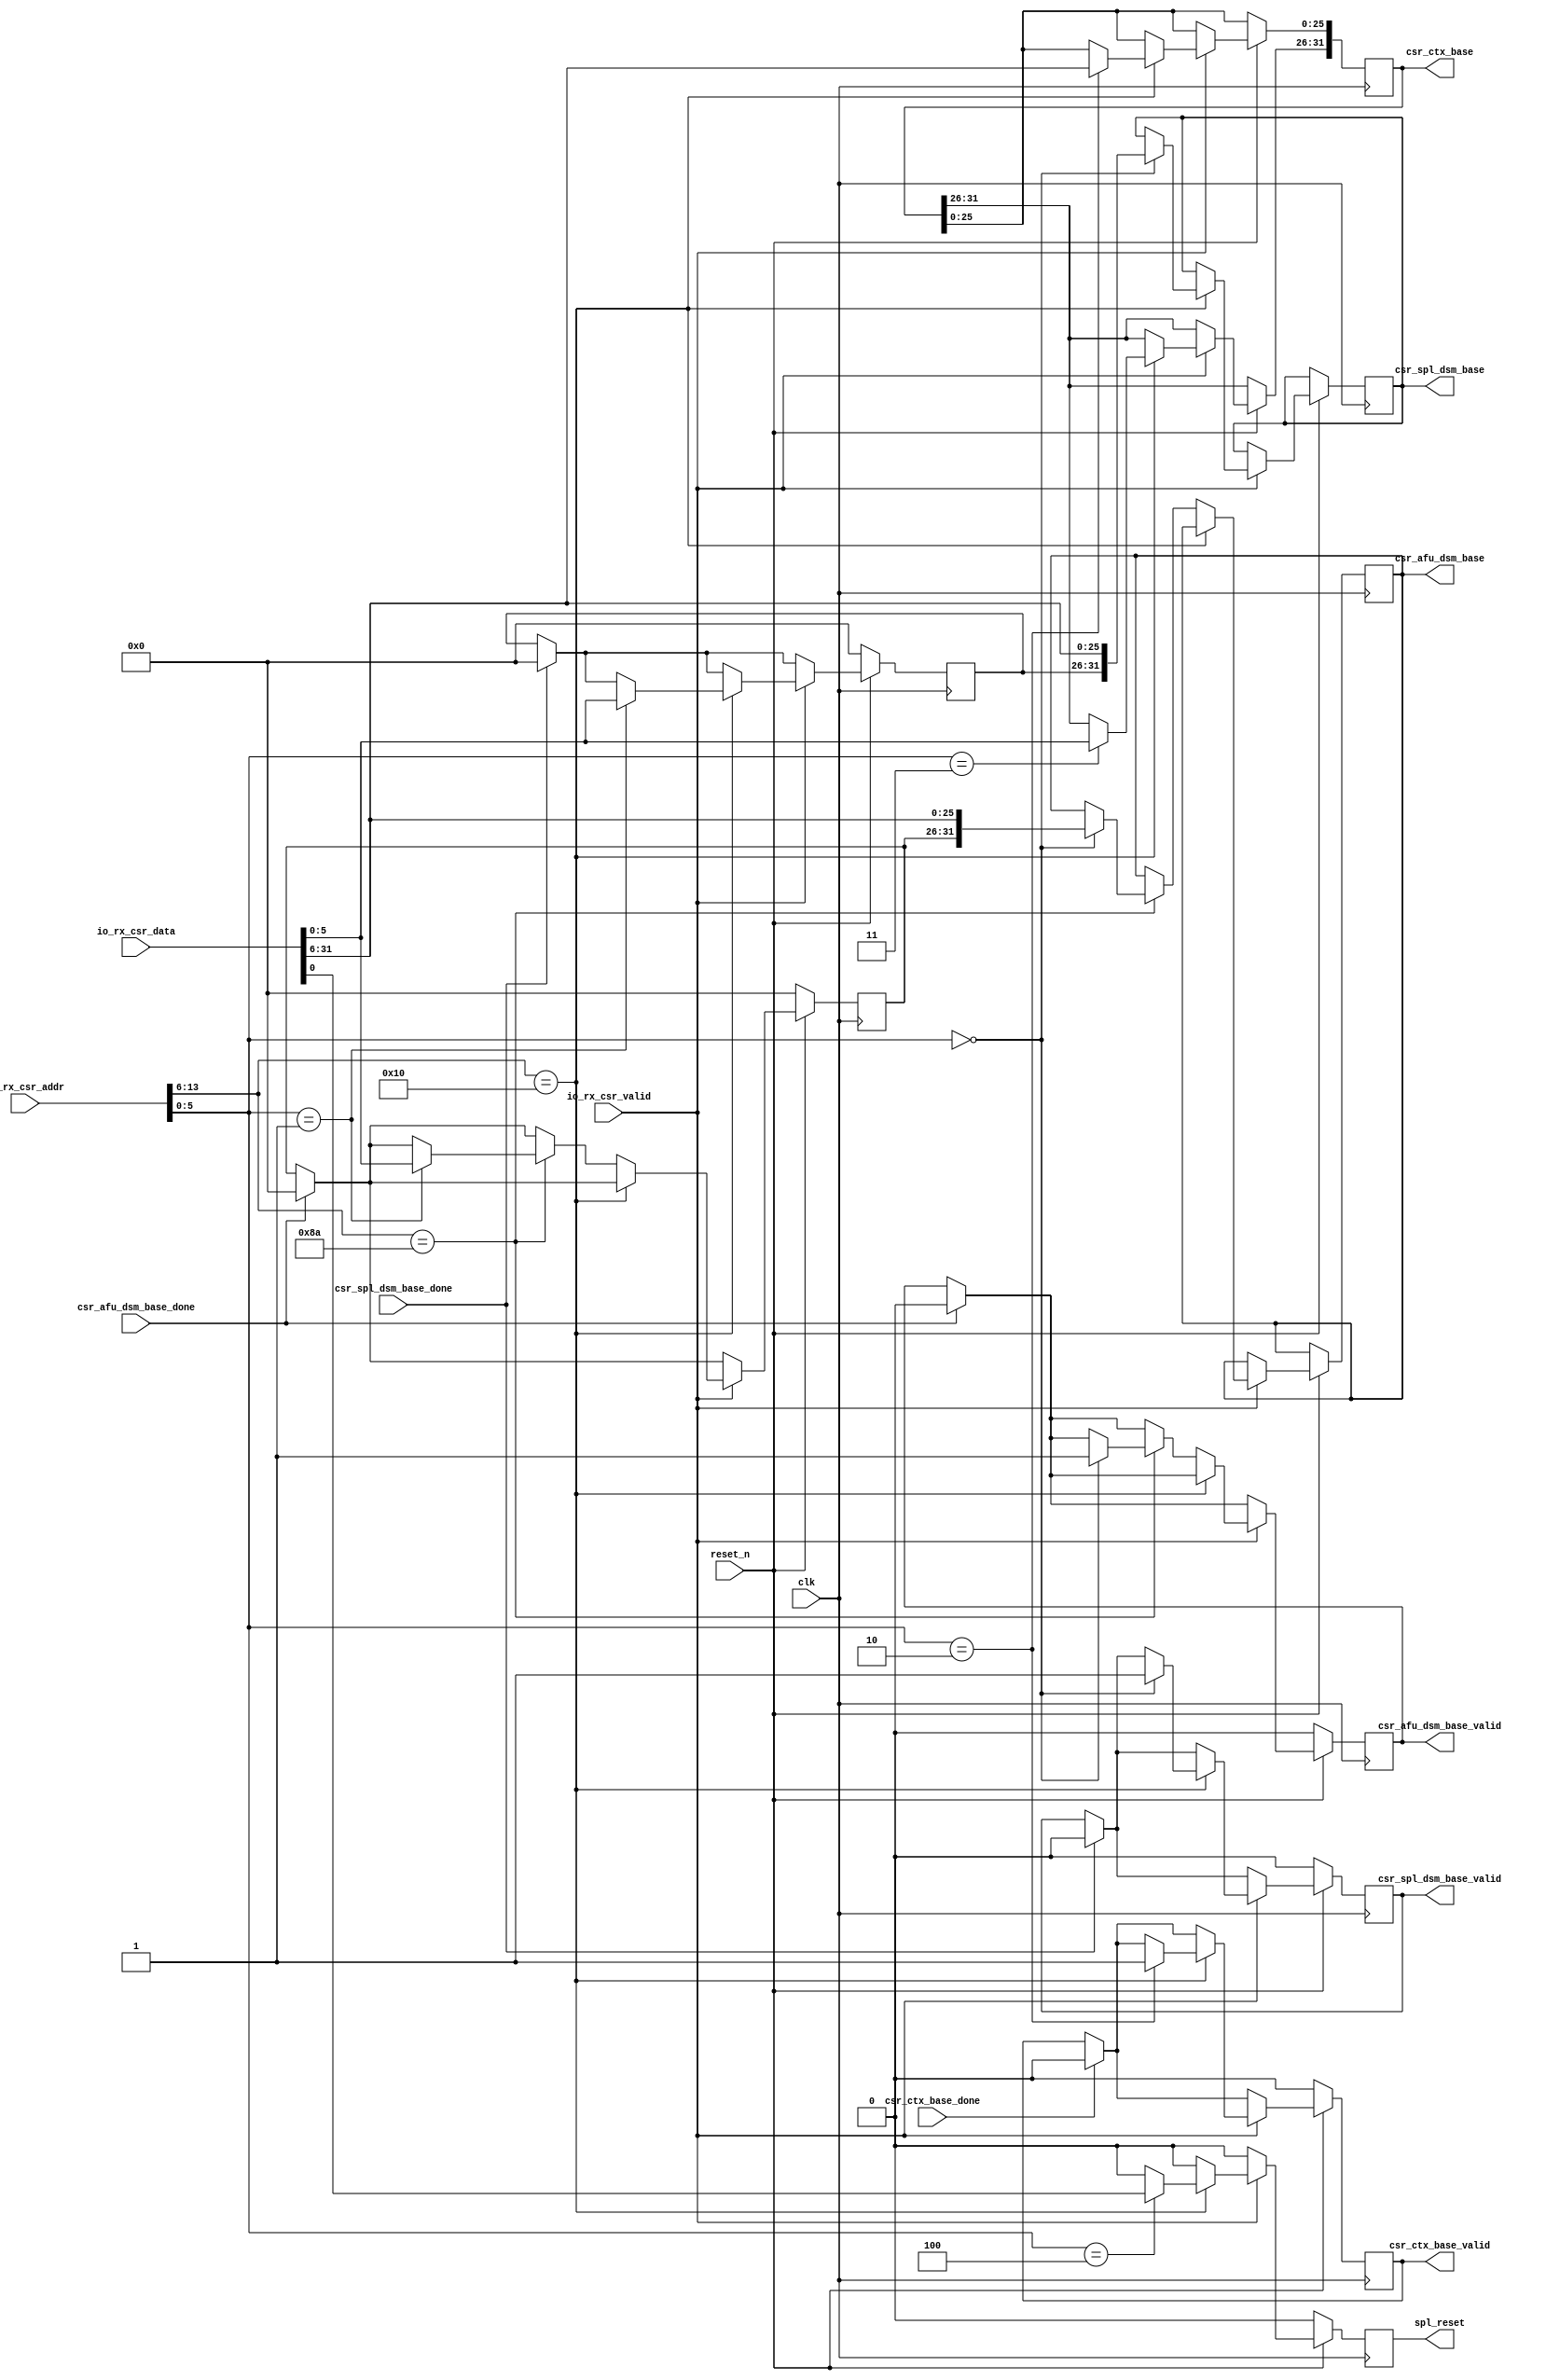
module csr_file(
    input  wire                             clk,
    input  wire                             reset_n,
    output wire                             spl_reset, 
 
    // csr_file --> dsm_module, spl_id, afu_id   
    output reg                              csr_spl_dsm_base_valid,
    output reg  [31:0]                      csr_spl_dsm_base,
    input  wire                             csr_spl_dsm_base_done,

    output reg                              csr_afu_dsm_base_valid,
    output reg  [31:0]                      csr_afu_dsm_base,
    input  wire                             csr_afu_dsm_base_done,
    
    // csr_file --> ctx_tracker, FPGA virtual memory space 
    output reg                              csr_ctx_base_valid,
    output reg  [31:0]                      csr_ctx_base,
    input  wire                             csr_ctx_base_done,
        
    // server_io --> csr_file
    input  wire                             io_rx_csr_valid,
    input  wire [13:0]                      io_rx_csr_addr,
    input  wire [31:0]                      io_rx_csr_data
);


    localparam [5:0]
        SPL_CSR_DSR_BASEL          = 6'b00_0000,   // 1000  //10'h244,      // 910
        SPL_CSR_DSR_BASEH          = 6'b00_0001,   // 1004  //10'h245,      // 914
        SPL_CSR_CTX_BASELL         = 6'b00_0010,   // 1008  //10'h246,      // 918
        SPL_CSR_CTX_BASELH         = 6'b00_0011,   // 100c  //10'h247;      // 91c   
        SPL_CSR_CTRL               = 6'b00_0100,   // 1010  //10'h248,      // 920     
        SPL_CSR_SCRATCH            = 6'b11_1111;   //10'h27f,      // 9fc
        
    localparam [5:0]
        AFU_CSR_DSR_BASEL          = 6'b00_0000,   //10'h280,      // a00
        AFU_CSR_DSR_BASEH          = 6'b00_0001,   //10'h281,      // a04
        AFU_CSR_CTX_BASEL          = 6'b00_0010,   //10'h282,      // a08
        AFU_CSR_CTX_BASEH          = 6'b00_0011,   //10'h283,      // a0c  
        AFU_CSR_SCRATCH            = 6'b11_1111,   //10'h2bf;      // afc 
        AFU_CSR_CMD_OPCODE         = 6'b00_1111; 
                
                      
    
    reg  [5:0]                     spl_dsr_base_hi;
    reg  [5:0]                     afu_dsr_base_hi;
    reg                            csr_reset = 0;
    reg                            csr_enable = 0;
    
    assign spl_reset  = csr_reset;
    //--------------------------------------------------------------------
    // RX - spl_csr<--spl_io                 
    //--------------------------------------------------------------------
    always @(posedge clk) begin
        if (~reset_n) begin
            csr_spl_dsm_base_valid <= 1'b0;
            csr_afu_dsm_base_valid <= 1'b0;
            csr_ctx_base_valid     <= 1'b0;

            spl_dsr_base_hi        <= 0;
            afu_dsr_base_hi        <= 0;

            csr_reset              <= 0;
            csr_enable             <= 0;
        end 
        
        else begin             
            csr_reset     <= 1'b0;   
            csr_enable    <= 0;

            if ( csr_ctx_base_done )      csr_ctx_base_valid     <= 1'b0;
            if ( csr_spl_dsm_base_done )  csr_spl_dsm_base_valid <= 1'b0;  
            if ( csr_afu_dsm_base_done )  csr_afu_dsm_base_valid <= 1'b0; 

            if ( csr_spl_dsm_base_done )  spl_dsr_base_hi        <= 0;  
            if ( csr_afu_dsm_base_done )  afu_dsr_base_hi        <= 0;                
                                               
            if (io_rx_csr_valid) begin
                if (io_rx_csr_addr[13:6] == 8'h10) begin
                    case (io_rx_csr_addr[5:0]) 
                        SPL_CSR_DSR_BASEH : begin                
                            spl_dsr_base_hi <= io_rx_csr_data[5:0];                                                         
                        end

                        SPL_CSR_DSR_BASEL : begin                
                            csr_spl_dsm_base_valid <= 1'b1;
                            csr_spl_dsm_base       <= {spl_dsr_base_hi, io_rx_csr_data[31:6]};                           
                        end

                        SPL_CSR_CTX_BASELH : begin                
                            csr_ctx_base[31:26] <= io_rx_csr_data[5:0];                          
                        end

                        SPL_CSR_CTX_BASELL : begin                
                            csr_ctx_base[25:0] <= io_rx_csr_data[31:6];                            
                            csr_ctx_base_valid <= 1'b1;
                        end
                        
                        SPL_CSR_CTRL : begin                
                            csr_reset  <= io_rx_csr_data[0];
                            csr_enable <= io_rx_csr_data[1];
                        end  								
                    endcase
                end
                
                else if (io_rx_csr_addr[13:6] == 8'h8a) begin
                    case (io_rx_csr_addr[5:0]) 
                        AFU_CSR_DSR_BASEH : begin                
                            afu_dsr_base_hi <= io_rx_csr_data[5:0];                               
                        end

                        AFU_CSR_DSR_BASEL : begin                
                            csr_afu_dsm_base_valid <= 1'b1;                            
                            csr_afu_dsm_base       <= {afu_dsr_base_hi, io_rx_csr_data[31:6]};                                            
                        end 
                    endcase
                end
            end
        end
    end // rx csr                

endmodule